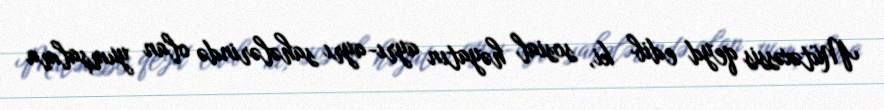
Mütəxəssis qeyd edib ki, sosial həyatın ayrı-ayrı sahələrində olan yumşalma